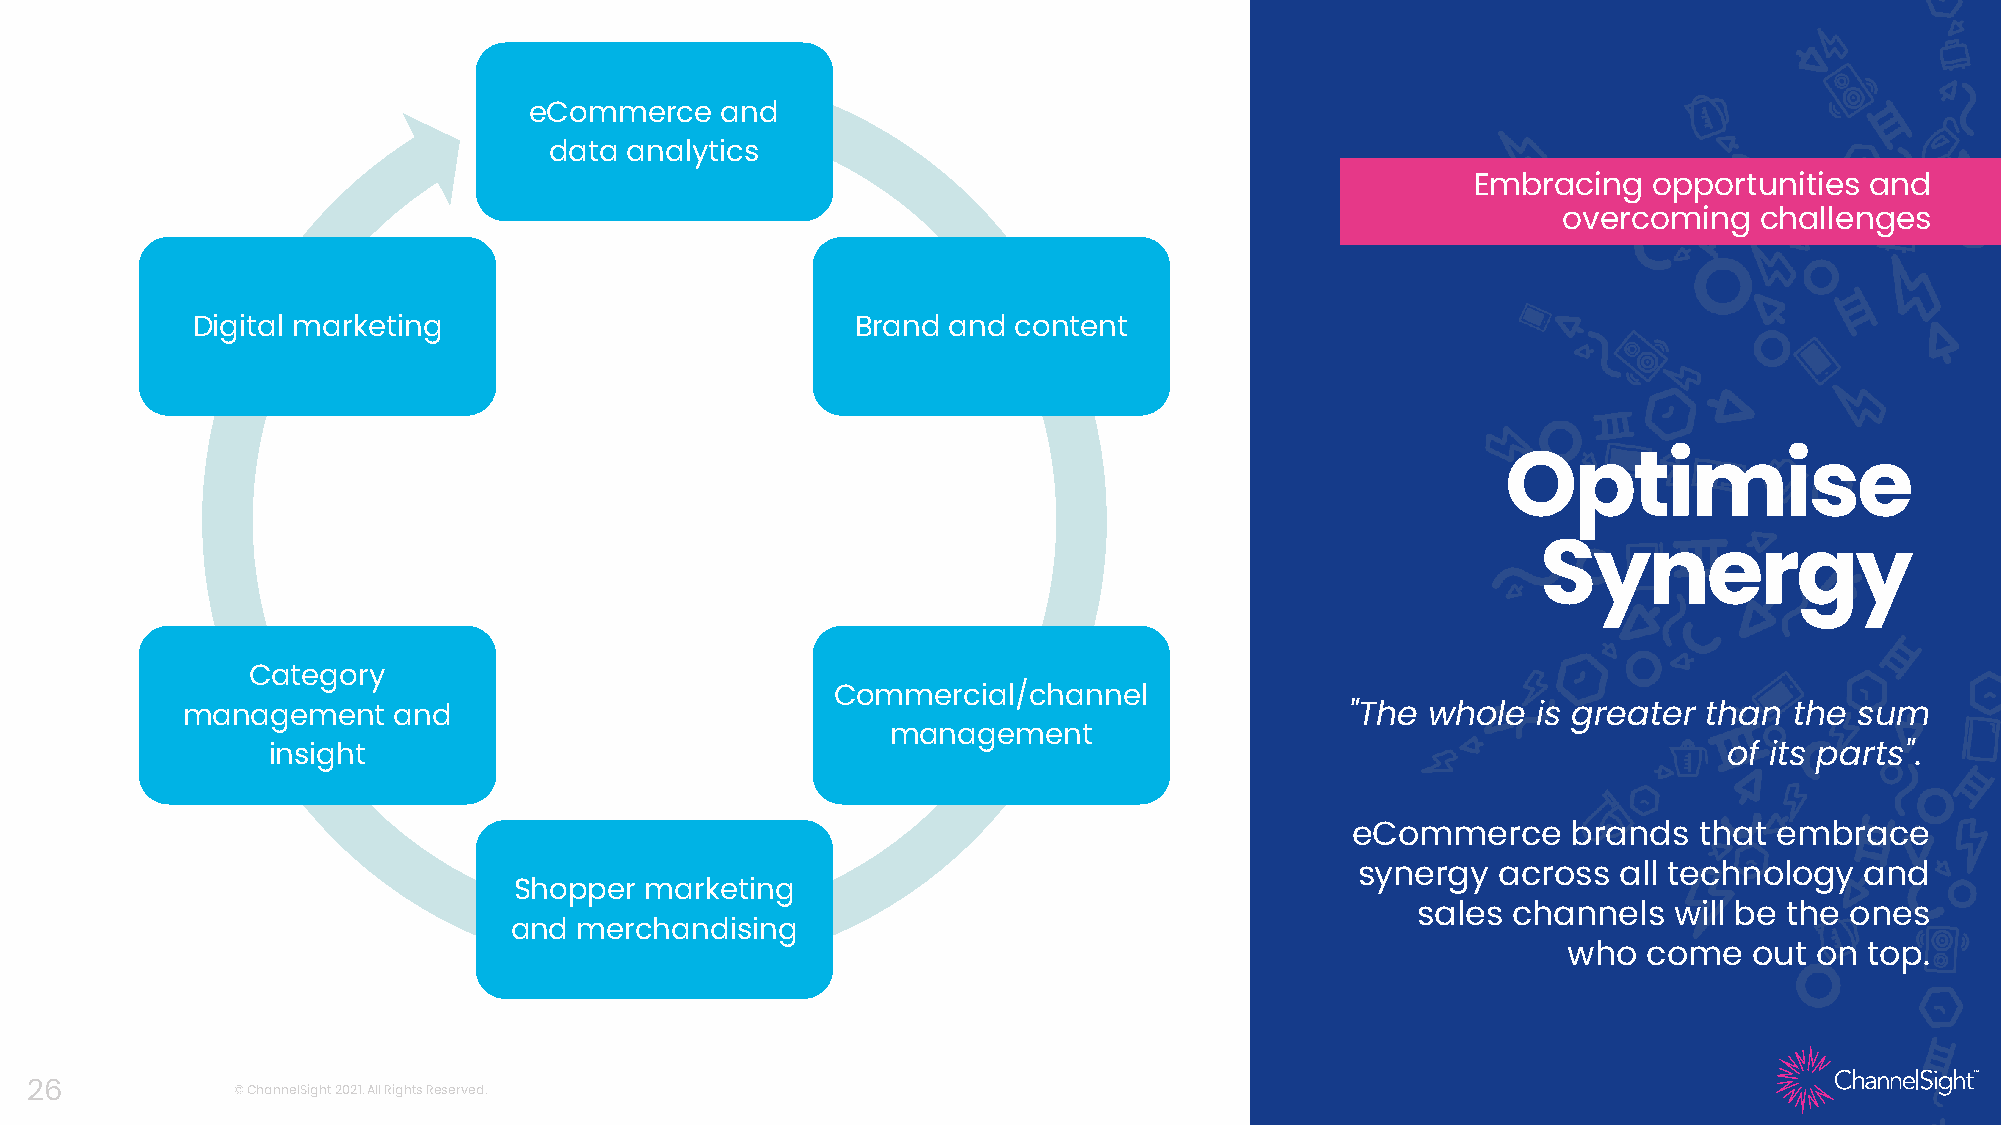
eCommerce    and
 data analytics
 Embracing  opportunities  and
 overcoming   challenges
 Digital marketing                           Brand and content
 Optimise
 Synergy
 Category
 Commercial/channel
 management    and                                                            "The whole   is greater than  the sum
 management
 insight                                                                                         of its parts".
 eCommerce      brands  that  embrace
 synergy  across  all technology  and
 Shopper  marketing
 sales channels   will be the ones
 and merchandising
 who  come   out on  top.
 26           © ChannelSight2021. All Rights Reserved.